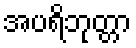
အပရိဘုတ္တာ